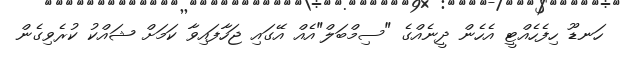
ހަނޑޫ ހިފެހެއްޓީ އެހެން ދީނެއްގެ "ސިމްބަލް"އެއް އޭގައި ޖަހާފައިވާ ކަމަށް ޝައްކު ކުރެވިގެން